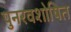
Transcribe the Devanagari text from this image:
पुनरवशोषित